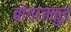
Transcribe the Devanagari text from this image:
बोगाजकुई